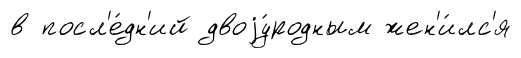
в посл'е́дн'ий двоjу́родным жен'и́лс'я